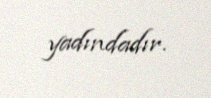
yadındadır.